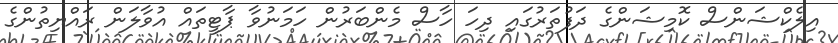
އިލެކްޝަންސް ކޮމިޝަންގެ ދަފުތަރުގައި ދިހަ ހާސް މެންބަރުން ހަމަނުވާ ޕާޓީތައް އުވާލަން ރައްޔިތުންގެ